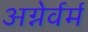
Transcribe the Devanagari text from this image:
अग्नेर्वर्म